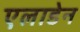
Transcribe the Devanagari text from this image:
एलाडेन